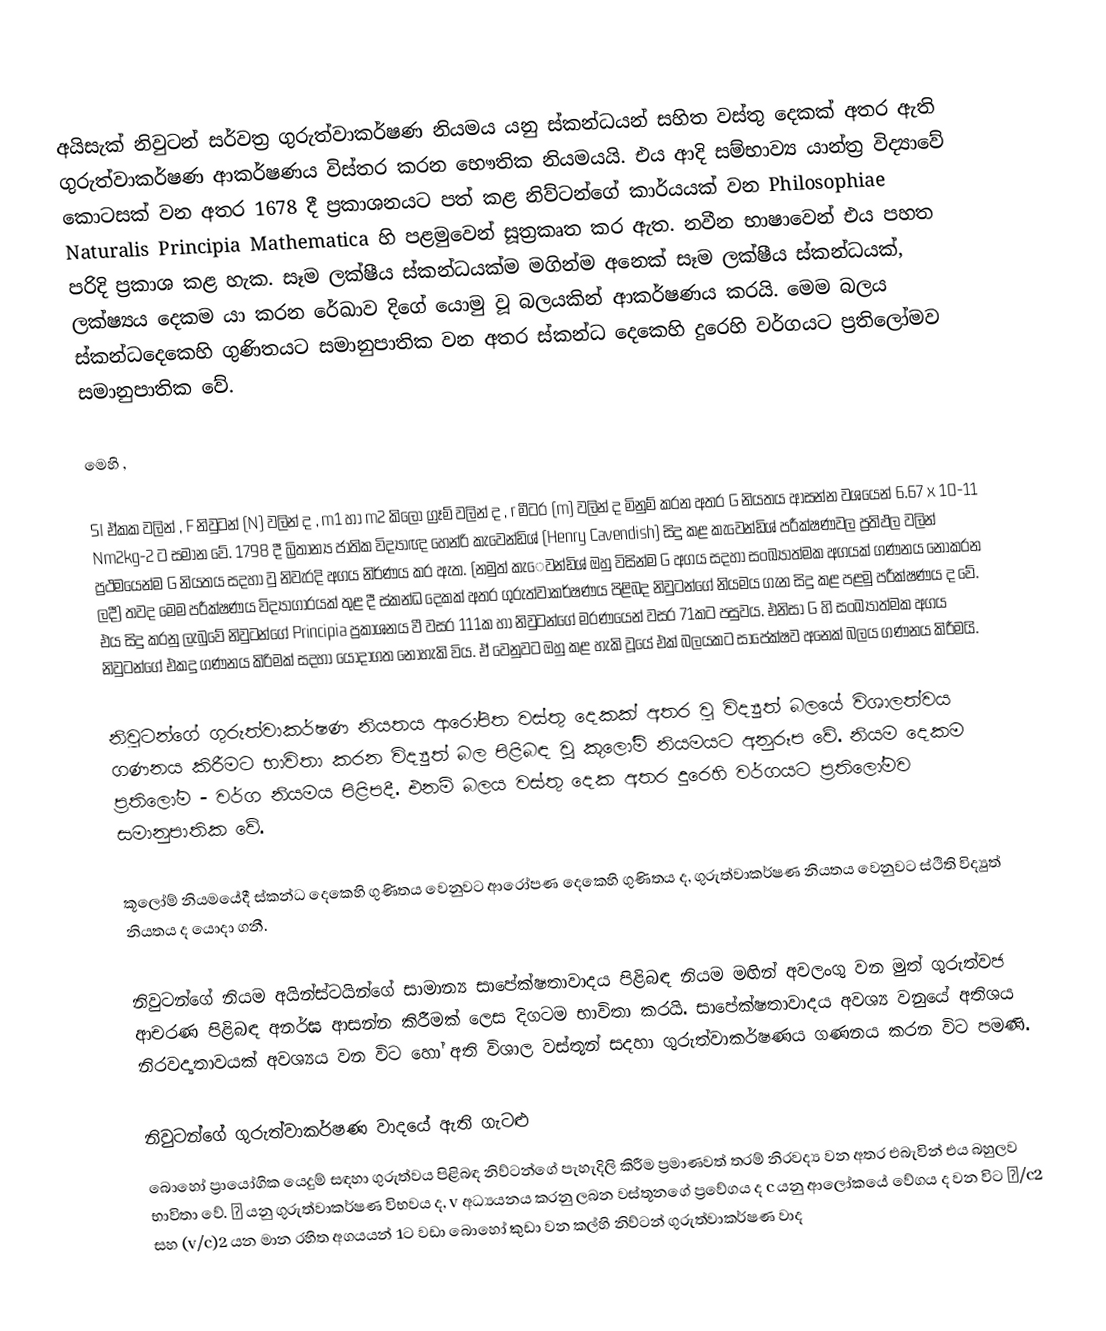
අයිසැක් නිවුටන් සර්වත්‍ර ගුරුත්වාකර්ෂණ නියමය යනු ස්කන්ධයන් සහිත වස්තු දෙකක් අතර ඇති ගුරුත්වාකර්ෂණ ආකර්ෂණය විස්තර කරන භෞතික  නියමයයි. එය ආදි සම්භාව්‍ය යාන්ත්‍ර විද්‍යාවේ කොටසක් වන අතර 1678 දී ප්‍රකාශනයට පත් කළ නිව්ටන්ගේ කාර්යයක් වන  Philosophiae Naturalis Principia Mathematica හි පළමුවෙන් සූත්‍රකෘත කර ඇත. නවීන භාෂාවෙන් එය පහත පරිදි  ප්‍රකාශ කළ හැක. සෑම ලක්ෂීය ස්කන්ධයක්ම මගින්ම අනෙක්  සෑම ලක්ෂීය ස්කන්ධයක්, ලක්ෂ්‍යය දෙකම යා කරන රේඛාව දිගේ යොමු වූ බලයකින් ආකර්ෂණය කරයි. මෙම බලය ස්කන්ධ‍දෙකෙහි ‍ගුණිතයට සමානුපාතික වන අතර ස්කන්ධ දෙකෙහි දුරෙහි වර්ගයට ප්‍රතිලෝමව සමානුපාතික වේ.

මෙහි ,

SI  ඒකක වලින් , F  නිවුටන් (N)  වලින් ද , m1  හා m2  කිලෝ ග්‍රෑම් වලින් ද , r  මීටර (m)  වලින් ද මිනුම් කරන අතර  G  නියතය ආසන්න වශයෙන් 6.67 x 10-11  Nm2kg-2  ට සමාන වේ. 1798 දී බ්‍රිතාන්‍ය ජාතික විද්‍යාඥ හෙන්රි කැවෙන්ඩිශ්  (Henry Cavendish)  සිදු කළ කැවෙන්ඩිශ් පරීක්ෂණවල ප්‍රතිඵල වලින් ප්‍රථමයෙන්ම G  නියතය සදහා වු නිවැරදි අගය නිර්ණය කර ඇත. (නමුත් කැ‍ෙවන්ඩිශ් ඔහු විසින්ම G  අගය සදහා සංඛ්‍යාත්මක අගයක් ගණනය නොකරන ලදී) තවද මෙම පරීක්ෂණය විද්‍යාගාරයක් තුළ දී ස්කන්ධ දෙකක් අතර ගුරුත්වාකර්ෂණය පිළිබද නිවුටන්ගේ නියමය ගැන සිදු කළ පළමු පරීක්ෂණය ද වේ. එය සිදු කරනු ලැ‍බුවේ නිවුටන්ගේ Principia  ප්‍රකාශනය වී වසර 111ක  හා නිවුටන්ගේ මරණයෙන් වසර 71කට පසුවය. එනිසා   G  හි සංඛ්‍යාත්මක අගය නිවුටන්ගේ එකදු  ගණනය කිරිමක් සදහා යොදාගත නොහැකි විය. ඒ වෙනුවට ඔහු කළ හැකි වූයේ  එක් බලයකට සාපේක්ෂව අනෙක් බලය ගණනය කිරීමයි.

නිවුටන්ගේ ගුරුත්වාකර්ෂණ නියතය ආරෝපිත වස්තු දෙකක් අතර වු විද්‍යුත් බලයේ විශාලත්වය ගණනය කිරීමට භාවිතා කරන විද්‍යුත් බල පිළිබඳ වූ කූලෝම් නියමයට අනුරූප වේ. ‍නියම දෙකම ප්‍රතිලෝම - වර්ග නියමය පිළිපදී. එනම් බලය වස්තු දෙක අතර දුරෙහි වර්ගයට ප්‍රතිලෝමව සමානුපාතික වේ.

කූලෝම් නියමයේදී ස්කන්ධ දෙකෙහි ගුණිතය වෙනුවට ආරෝපණ දෙකෙහි ගුණිතය ද, ගුරුත්වාකර්ෂණ නියතය වෙනුවට   ස්ථිති විද්‍යුත් නියතය ද යොදා ගනී.

නිවුටන්ගේ නියම අයින්ස්ටයින්ගේ සාමාන්‍ය සාපේක්ෂතාවාදය පිළිබඳ නියම මඟින් අවලංගු වන මුත් ගුරුත්වජ ආචරණ පිළිබඳ අනර්ඝ ආසන්න කිරීමක් ලෙස දිගටම භාවිතා කරයි. සාපේක්ෂතාවාදය අවශ්‍ය වනුයේ අතිශය නිරවද්‍යතාවයක් අවශ්‍යය වන විට හෝ අති විශාල වස්තූන් සදහා ගුරුත්වාකර්ෂණය ගණනය කරන විට පමණි.

නිවුටන්ගේ ගුරුත්වාකර්ෂණ වාදයේ ඇති ගැටළු
බොහෝ ප්‍රායෝගික යෙදුම් සඳහා ගුරුත්වය පිළිබඳ නිව්ටන්ගේ පැහැදිලි කිරීම ප්‍රමාණවත් තරම් නිරවද්‍ය වන අතර එබැවින් එය බහුලව භාවිතා වේ. φ යනු ගුරුත්වාකර්ෂණ විභවය ද, v අධ්‍යයනය කරනු ලබන වස්තූනගේ ප්‍රවේගය ද c  යනු ආලෝකයේ වේගය ද වන විට φ/c2  සහ (v/c)2  යන මාන රහිත අගයයන් 1ට වඩා බොහෝ කුඩා වන කල්හි නිව්ටන් ගුරුත්වාකර්ෂණ වාද